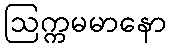
ဩက္ကမမာနော